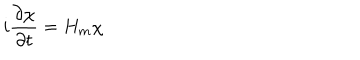
LaTeX: i \frac { \partial \chi } { \partial t } = H _ { m } \chi